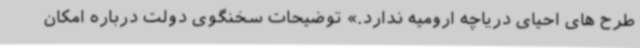
طرح های احیای دریاچه ارومیه ندارد.» توضیحات سخنگوی دولت درباره امکان